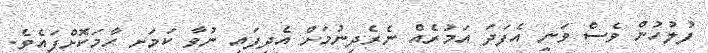
ފުލުހުން ވެސް ވަނީ އެފަދަ އަމުރެއް ނެރެދިނުމަށް އެދިފައި ނުވާ ކަމަށ ހާމަކޮށްފައެވެ.